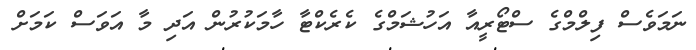
ނަމަވެސް ފިލްމްގެ ސްޓޯރީއާ އަހުޝަމްގެ ކެރެކްޓާ ހާމަކުރުން އަދި މާ އަވަސް ކަމަށް